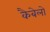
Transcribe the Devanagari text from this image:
कैबेलो